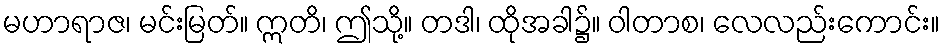
မဟာရာဇ၊ မင်းမြတ်။ ဣတိ၊ ဤသို့။ တဒါ၊ ထိုအခါ၌။ ဝါတာစ၊ လေလည်းကောင်း။